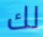
لك